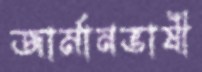
জার্মানভাষী